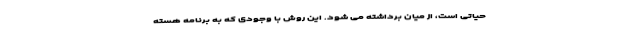
حیاتی است، از میان برداشته می شود. این روش با وجودی که به برنامه هسته